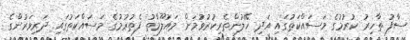
ސާފު ތާހިރު ކުރުމުގެ މަސައްކަތުގައި އަދި ހޭލުންތެރިކުރުވުމަށް މައުލޫމާތު ފެތުރުމުގެ މަސައްކަތުގައި ދަރިވަރުންގެ